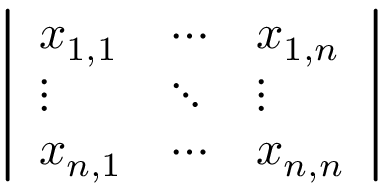
\left| \begin{array} { l l l } { x _ { 1 , 1 } } & { \cdots } & { x _ { 1 , n } } \\ { \vdots } & { \ddots } & { \vdots } \\ { x _ { n , 1 } } & { \cdots } & { x _ { n , n } } \end{array} \right|